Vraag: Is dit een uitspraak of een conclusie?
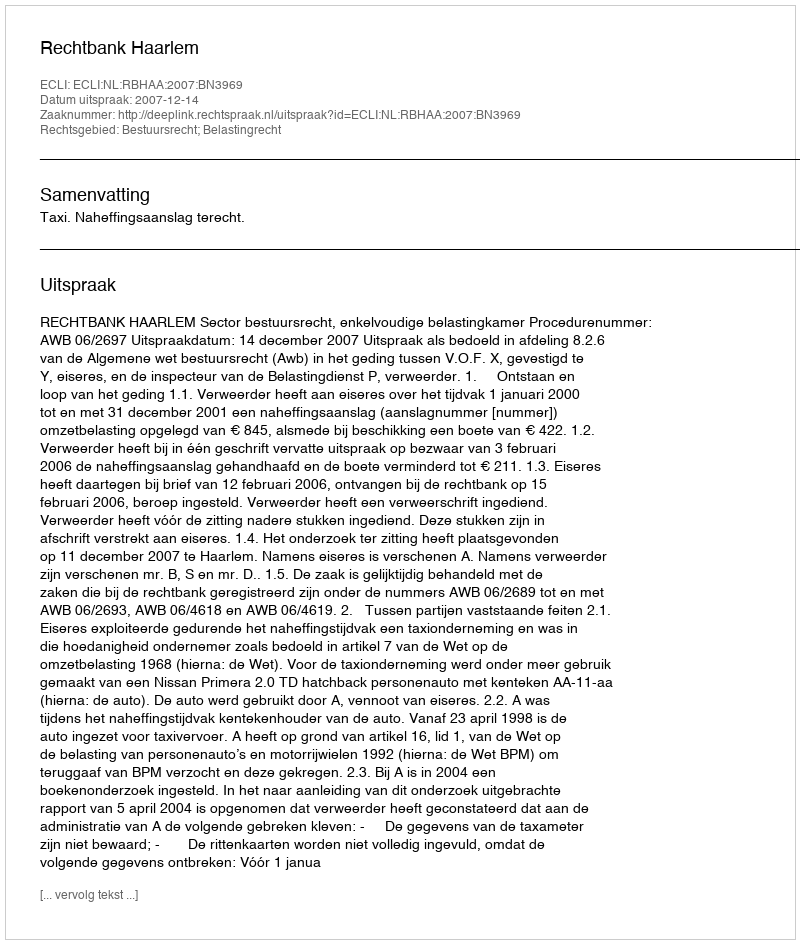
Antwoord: Uitspraak